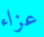
عزاء